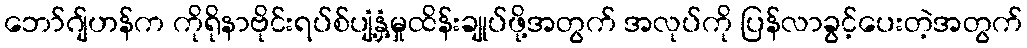
ဘော်ဂျ်ဟန်က ကိုရိုနာဗိုင်းရပ်စ်ပျံ့နှံ့မှုထိန်းချုပ်ဖို့အတွက် အလုပ်ကို ပြန်လာခွင့်ပေးတဲ့အတွက်